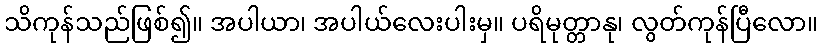
သိကုန်သည်ဖြစ်၍။ အပါယာ၊ အပါယ်လေးပါးမှ။ ပရိမုတ္တာနု၊ လွတ်ကုန်ပြီလော။